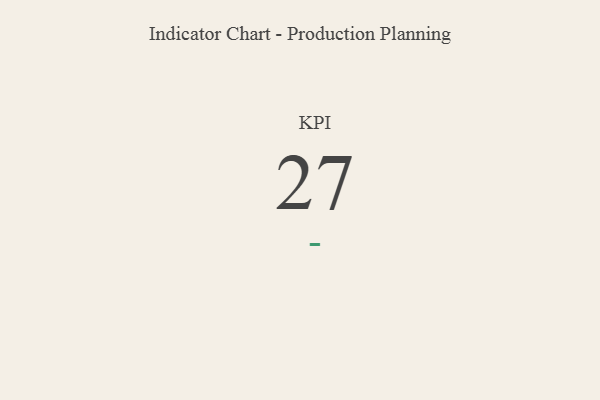
{"axis": {"x": "KPI", "y": "Value"}, "legend": [""], "data": [{"x": "KPI", "y": 27, "type": ""}]}